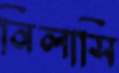
নিলাসি